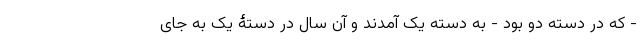
- که در دسته دو بود - به دسته یک آمدند و آن سال در دستۀ یک به جای